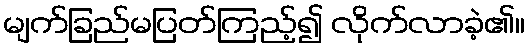
မျက်ခြည်မပြတ်ကြည့်၍ လိုက်လာခဲ့၏။